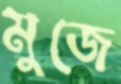
মুজে